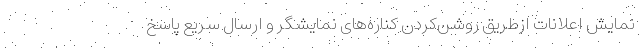
نمایش اعلانات ازطریق روشن‌کردن کناره‌های نمایشگر و ارسال سریع پاسخ